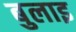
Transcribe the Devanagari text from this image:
बुलाइ